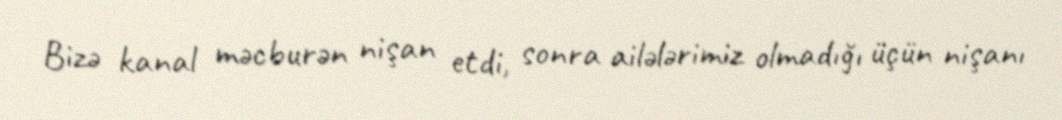
Bizə kanal məcburən nişan etdi, sonra ailələrimiz olmadığı üçün nişanı